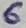
Text: 6